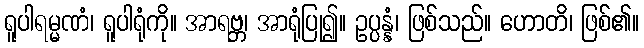
ရူပါရမ္မဏံ၊ ရူပါရုံကို။ အာရဗ္ဘ၊ အာရုံပြု၍။ ဥပ္ပန္နံ၊ ဖြစ်သည်။ ဟောတိ၊ ဖြစ်၏။